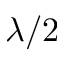
\lambda / 2